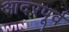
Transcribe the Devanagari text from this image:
आदरपूर्व